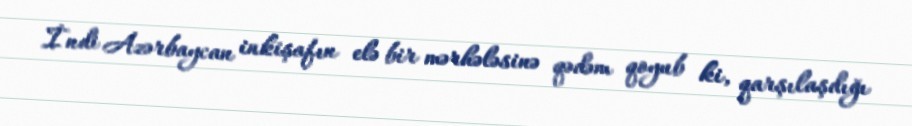
İndi Azərbaycan inkişafın elə bir mərhələsinə qədəm qoyub ki, qarşılaşdığı